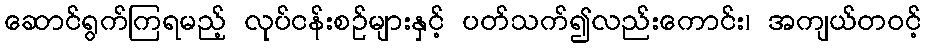
ဆောင်ရွက်ကြရမည့် လုပ်ငန်းစဉ်များနှင့် ပတ်သက်၍လည်းကောင်း၊ အကျယ်တဝင့်